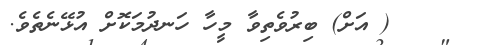
١٠    ( އަށް) ބިރުވެތިވާ މީހާ ހަނދުމަކޮށް އުޅޭނެތެވެ.